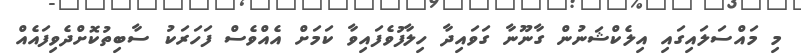
މި މައްސަލައިގައި އިލެކްޝަނުން ގާނޫނާ ގަވައިދާ ހިލާފުވެފައިވާ ކަމަށް އެއްވެސް ފަހަރަކު ސާބިތުކޮށްދެވިފައެއް